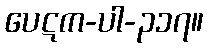
ပေဋက-ပါ-၃၁၇။